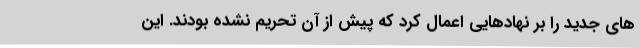
های جدید را بر نهادهایی اعمال کرد که پیش از آن تحریم نشده بودند. این